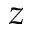
z